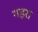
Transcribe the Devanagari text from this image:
गड़रा